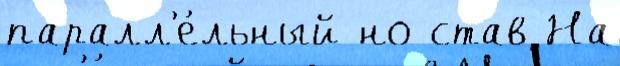
паралл'е́льный но став На